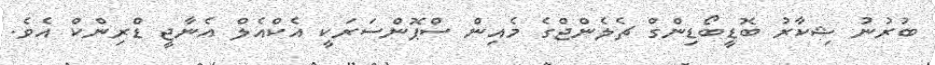
ބުރުނު ޝިކާރު ބޮޑީބޯޑިންގް ޗެލެންޖްގެ މެއިން ސްޕޮންސަރަކީ އެކްއެލް އެނާޖީ ޑްރިންކް އެވެ.